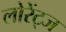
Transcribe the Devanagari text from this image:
लोरेंट्ज